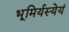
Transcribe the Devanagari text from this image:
भूमिर्यस्येयं